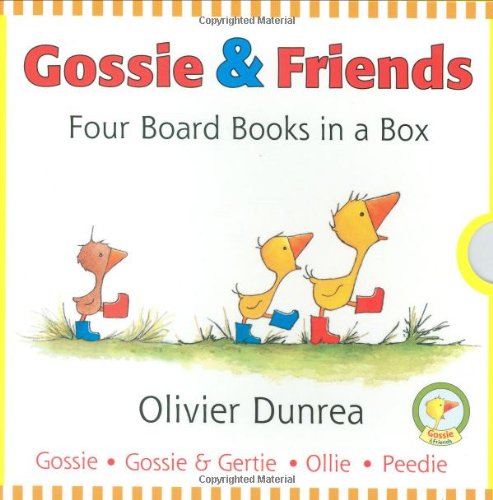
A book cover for Gossie and Friends Board Book Set (Gossie & Friends); Olivier Dunrea; Children's Books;